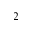
_ 2